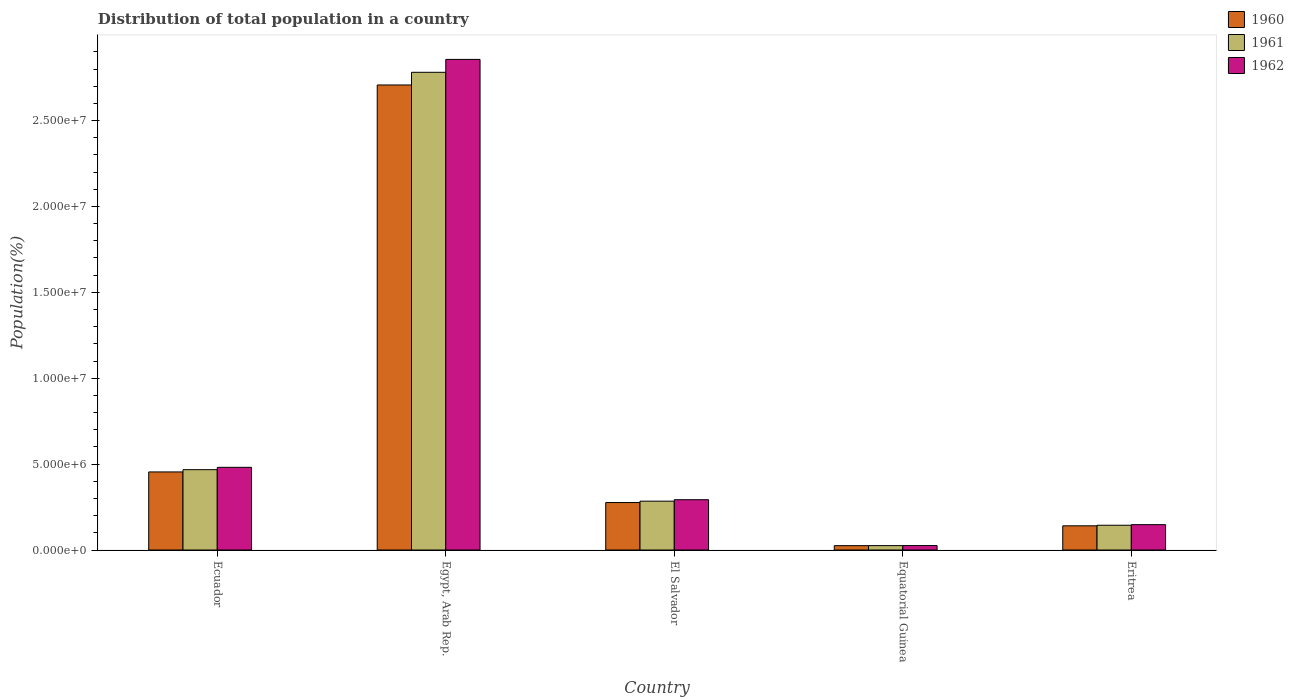
| Country | 1960 | 1961 | 1962 |
 | --- | --- | --- | --- |
 | Ecuador | 4.55e+06 | 4.68e+06 | 4.81e+06 |
 | Egypt, Arab Rep. | 2.71e+07 | 2.78e+07 | 2.86e+07 |
 | El Salvador | 2.76e+06 | 2.84e+06 | 2.93e+06 |
 | Equatorial Guinea | 2.52e+05 | 2.55e+05 | 2.58e+05 |
 | Eritrea | 1.41e+06 | 1.44e+06 | 1.48e+06 |